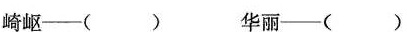
崎岖——() 华丽——()